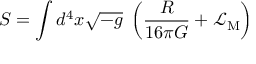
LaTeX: S = \int d ^ { 4 } x { \sqrt { - g } } \; \left( { \frac { R } { 1 6 \pi G } } + { \mathcal { L } } _ { \mathrm { M } } \right)